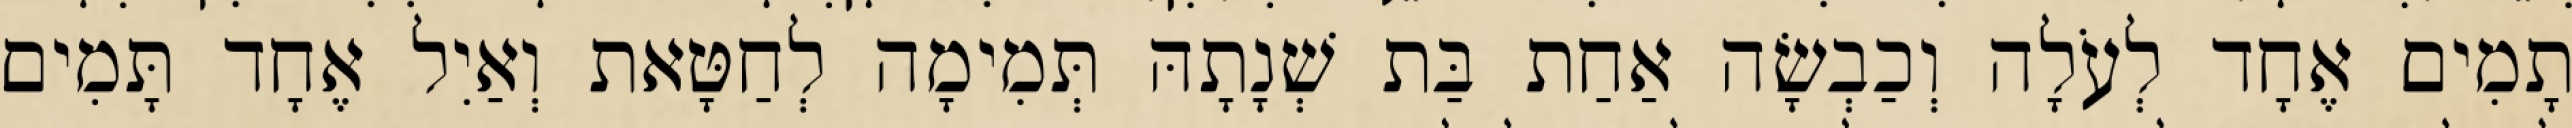
תָמִים אֶחָד לְעֹלָה וְכַבְשָׂה אַחַת בַּת שְׁנָתָהּ תְּמִימָה לְחַטָּאת וְאַיִל אֶחָד תָּמִים